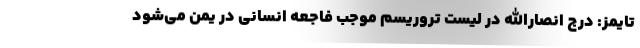
تایمز: درج انصارالله در لیست تروریسم موجب فاجعه انسانی در یمن می‌شود